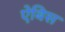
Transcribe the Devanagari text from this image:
ऐबिस